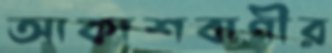
আকাশবাণীর